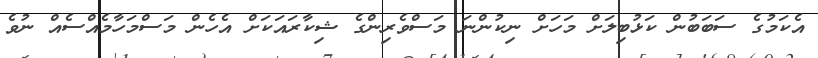
އެކަމުގެ ސަބަބުން ކަޅުބިލަށް މަހަށް ނިކުންނަ މަސްވެރިންގެ ޝިކާރައަކަށް އެހެން މަސްމަހާމެއްސެއް ނުވެ